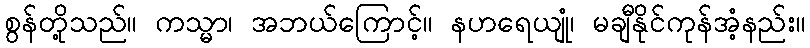
စွန်တို့သည်။ ကသ္မာ၊ အဘယ်ကြောင့်။ နဟရေယျုံ၊ မချီနိုင်ကုန်အံ့နည်း။